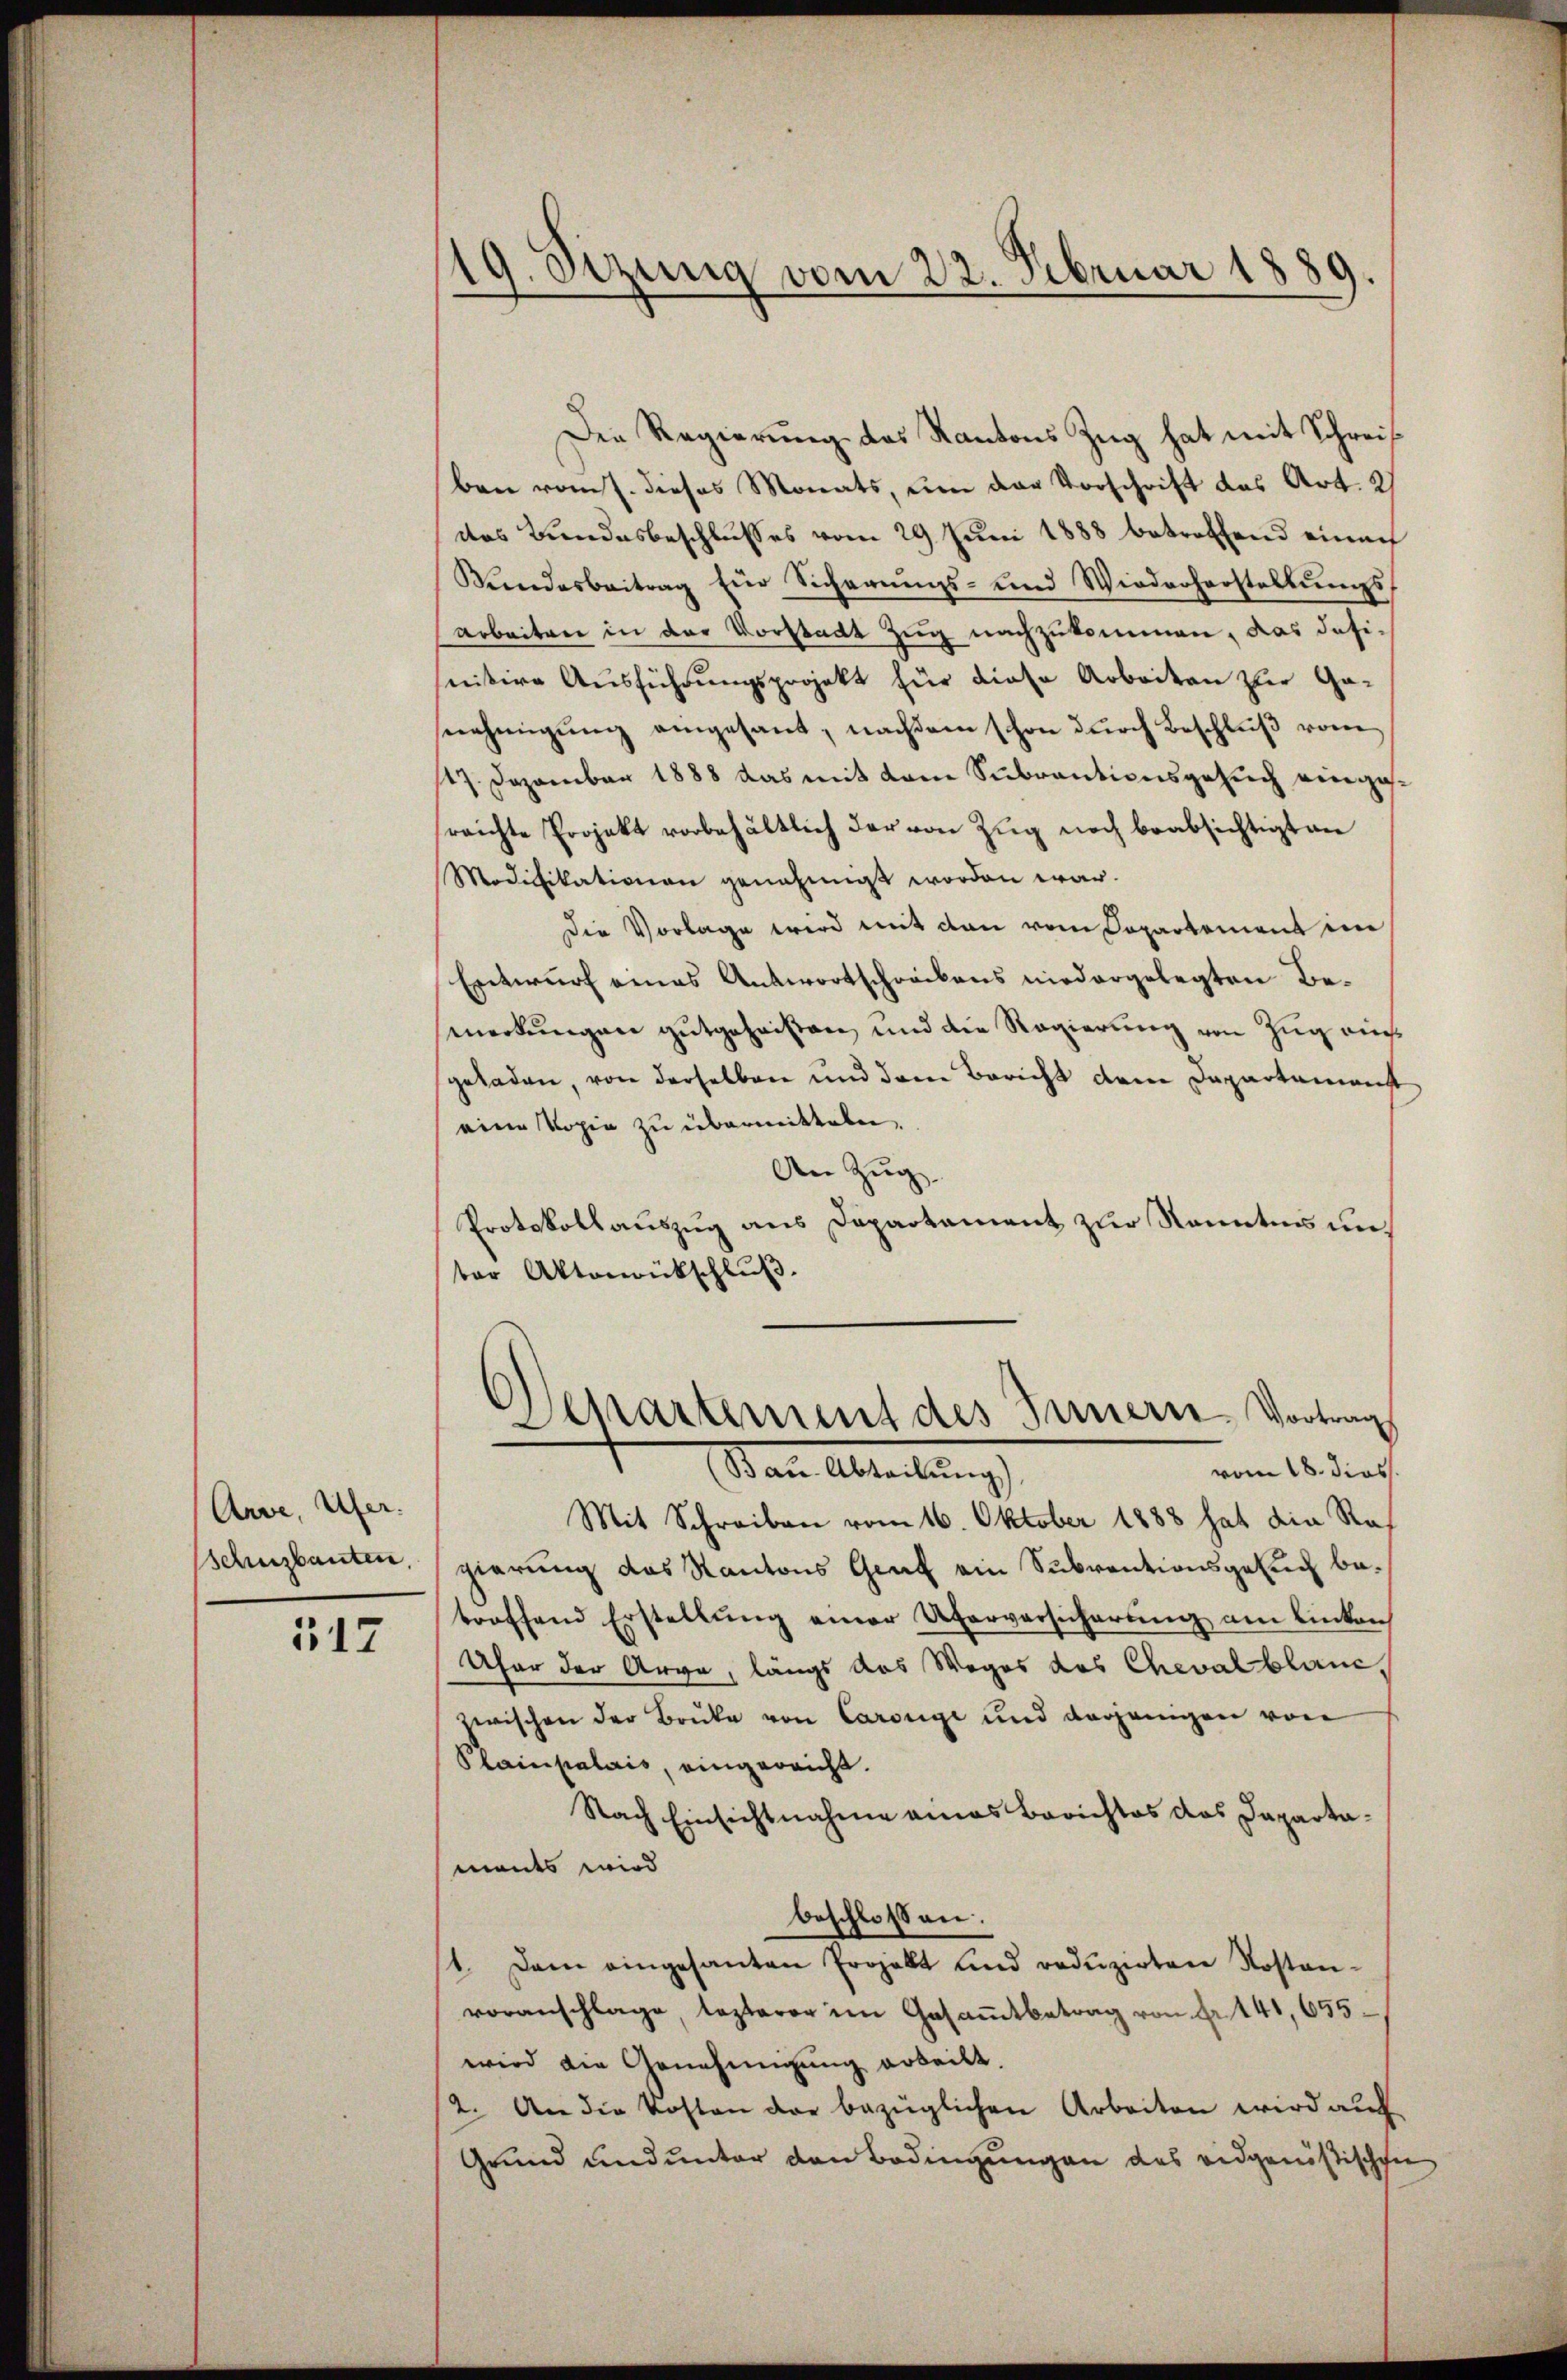
Arve, Ufer.
schusbauten,

517

19. Sitzung vom 22. Februar 1889.

Die Regierung des Kantons Zug hat mit Schreif
ben vom 7. dieses Monats, um der Vorschrift das Art. 2)
das Bundesbeschlusses vom 29. Juni 1888 betreffend einach
Bŭndesbeitrag ein Sicherŭngs- und Wiederherstellŭngs-
Arbeiten in der Vorstadt Zug nachzukommen, das dasinitive Ausführungsprojekt für diese Arbeiten zur Ganehmigung eingesant, nachdem schon durch Beschluß vom
147. Dezember 1888 das mit dem Subrantionsgesuch eingereichte Projekt vorbehältlich der von Zug noch beabsichtigt an
Modifikationen genehmigt worden war.
Die Vorlage wird mit den vom Copartement in
Entwurf eines Antwortschreibens niedergelegten Bemerkungen gutgeheissen und die Regierung von Zug aus
sgeladen, von derselben und dem Bericht dem Departenmeist
eine Kopie zu übermitteln.
An Zug
Protokollauszug aus Departement zur Kenntnis unter Aktenrütschluß.
Departement des Innern, Vortrag
vom 18. dies
San Abteilung
Mit Schreiben vom 16. Oktober 1888 hat die Raf
gierung des Kantons Graf ein Subventionsgesuch betroffend Erstellŭng einer Uferversicherŭng am Einkon
Ufer der Arve, längs das Weges des Cheval blanc,
zwischen der Bruke von Carouge und derjenigen von
Plainpalais, eingereicht.
Nach Einsichtnahme eines Berichtes das Dapartamants wird
beschlossen
1. Dann eingesanten Projellt und redŭzirten Kostanvoranschlage, lezterer im Gesammtbetrag von Fr. 141, 655.
wird die Genehmigung arbeilt.
2. An die Kosten der bezüglichen Arbeiten wird auch
Grund und unter den Bedingungen des eidgenößischen